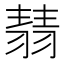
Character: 𦑓